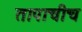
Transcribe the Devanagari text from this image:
तापाचीच